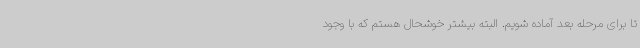
تا برای مرحله بعد آماده شویم. البته بیشتر خوشحال هستم که با وجود